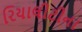
રિયાલીટીના